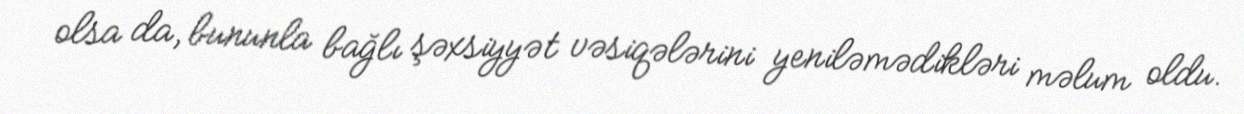
olsa da, bununla bağlı şəxsiyyət vəsiqələrini yeniləmədikləri məlum oldu.